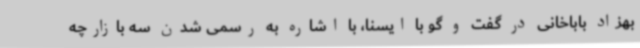
بهزاد باباخانی در گفت و گو با ایسنا، با اشاره به رسمی شدن سه بازارچه